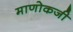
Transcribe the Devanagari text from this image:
माणोकजी